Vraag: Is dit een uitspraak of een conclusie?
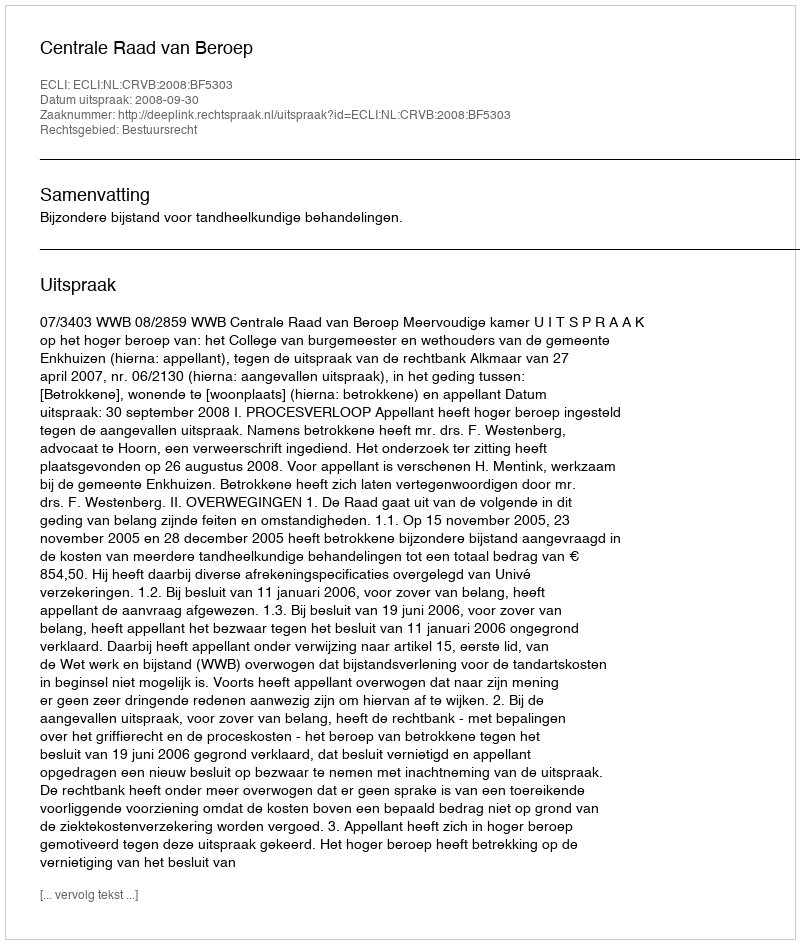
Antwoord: Uitspraak